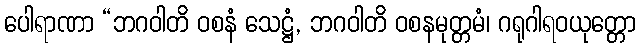
ပေါရာဏာ “ဘဂဝါတိ ဝစနံ သေဋ္ဌံ, ဘဂဝါတိ ဝစနမုတ္တမံ၊ ဂရုဂါရဝယုတ္တော